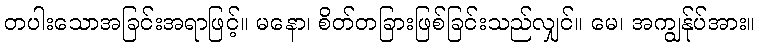
တပါးသောအခြင်းအရာဖြင့်။ မနော၊ စိတ်တခြားဖြစ်ခြင်းသည်လျှင်။ မေ၊ အကျွန်ုပ်အား။